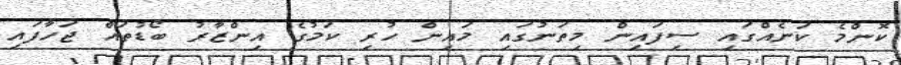
ކޮންމެެ ކަނެއްގައި ސިފައިން މިތަނުގައި މައިން ހުރި ކަމުގެ އިންޒާރު ބޯޑުތައް ޖަހާފައި